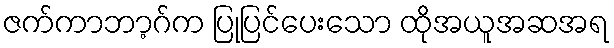
ဇက်ကာဘာ့ဂ်က ပြုပြင်ပေးသော ထိုအယူအဆအရ